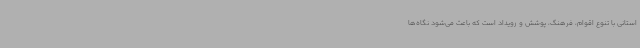
استانی با تنوع اقوام، فرهنگ، پوشش و رویداد است که باعث می‌شود نگاه‌ها